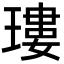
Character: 㻲